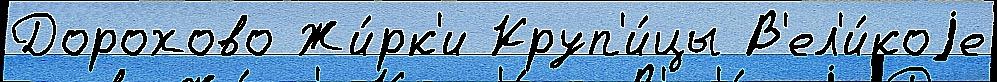
Дорохово Жи́рк'и Круп'и́цы В'ел'и́коjе